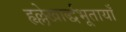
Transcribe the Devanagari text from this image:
हृल्लेखार्द्धभूतायाँ